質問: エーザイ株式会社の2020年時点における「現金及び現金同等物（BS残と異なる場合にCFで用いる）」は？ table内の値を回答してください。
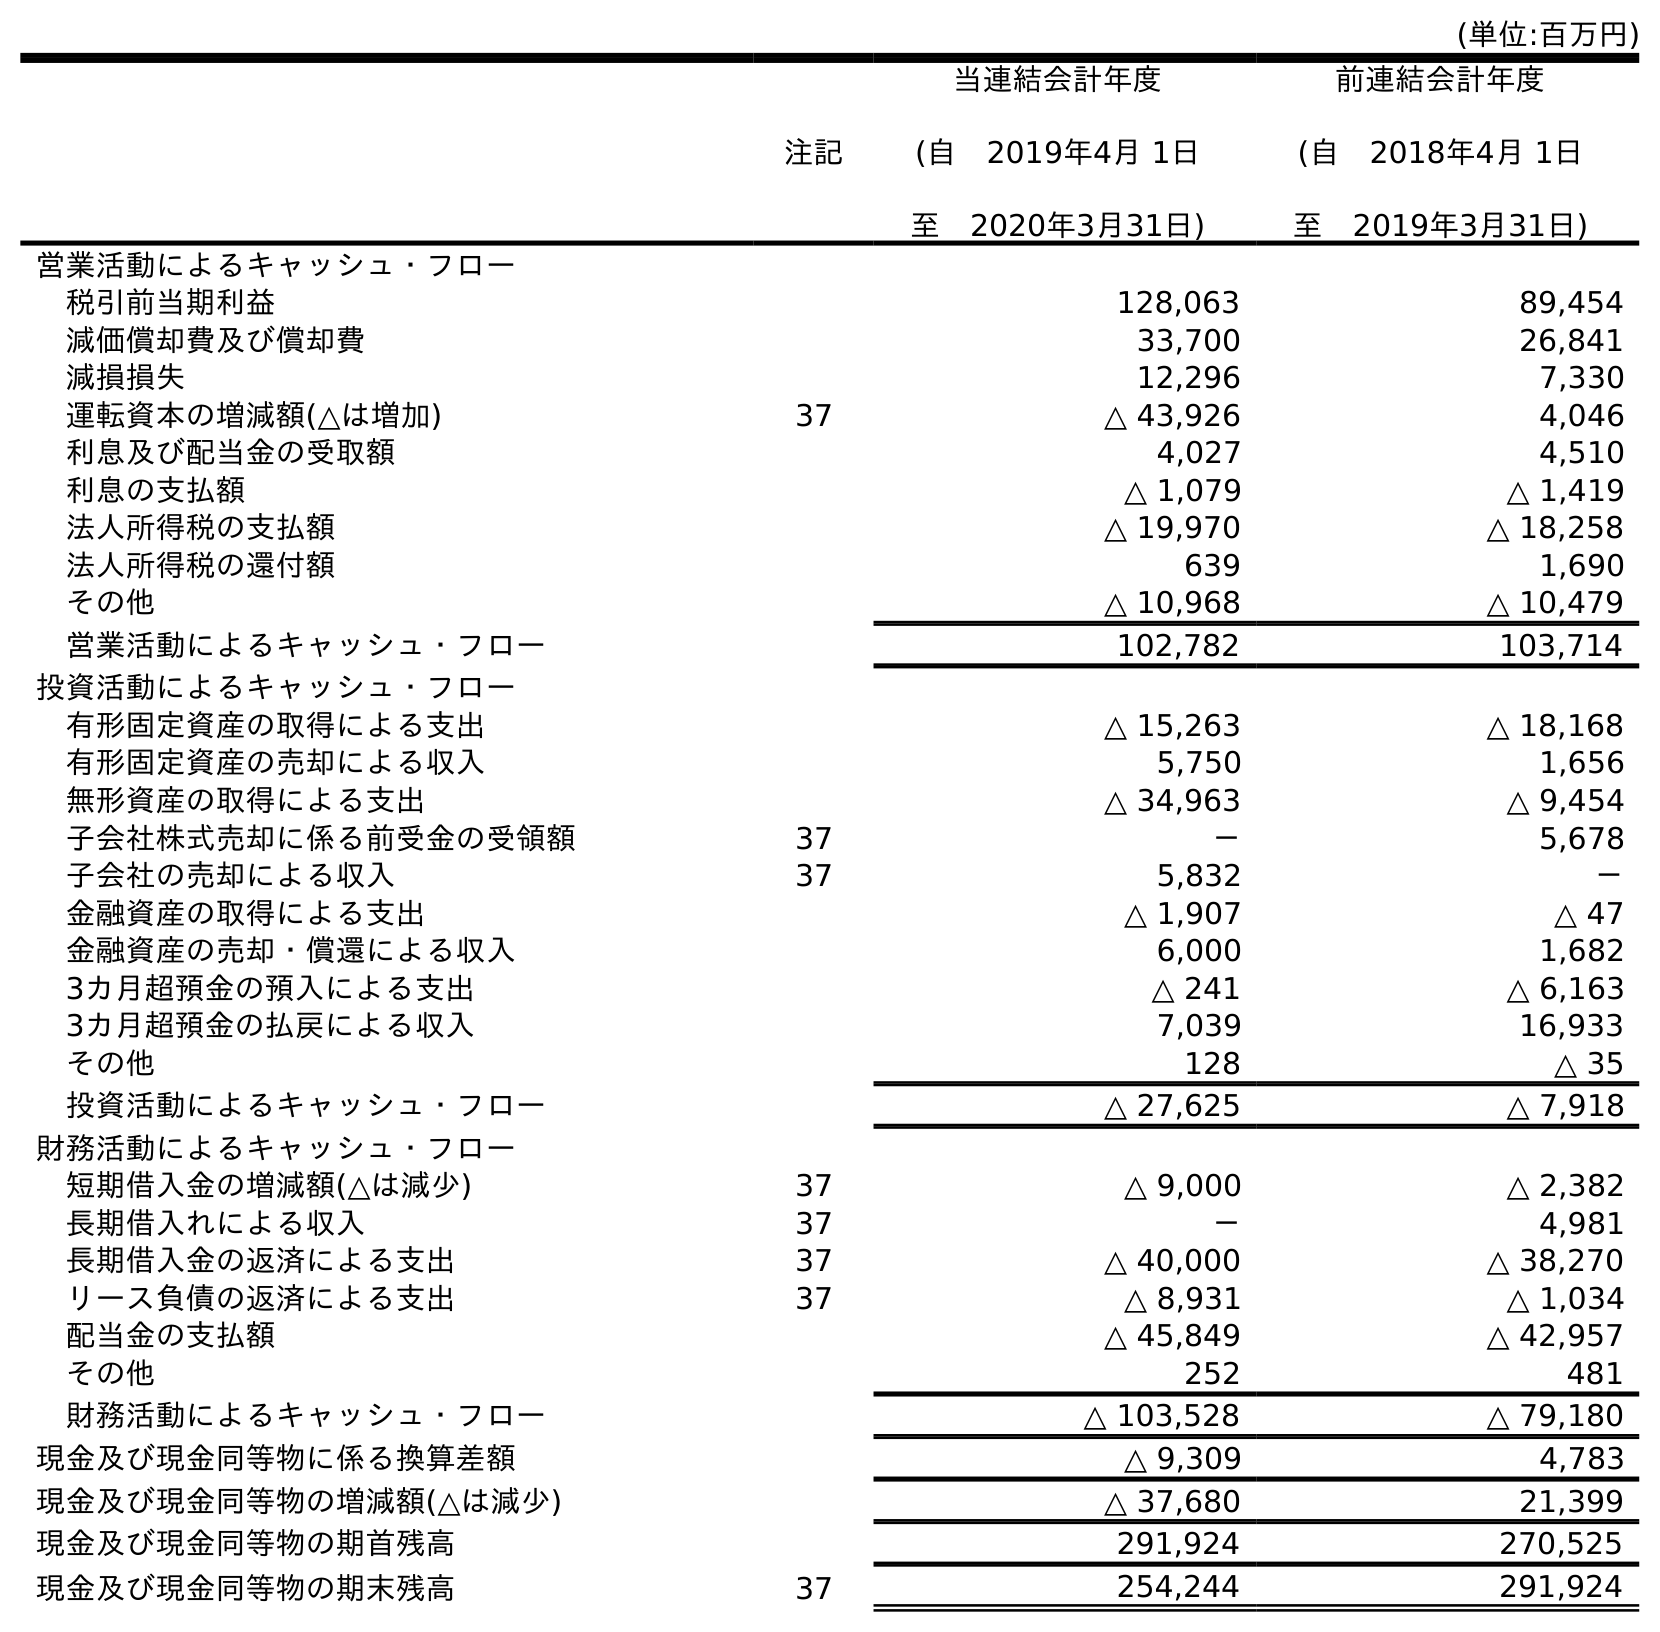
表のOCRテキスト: (単位:百万円) 注記 当連結会計年度 (自 2019年4月 1日 至 2020年3月31日) 前連結会計年度 (自 2018年4月 1日 至 2019年3月31日) 営業活動によるキャッシュ・フロー 税引前当期利益 128,063 89,454 減価償却費及び償却費 33,700 26,841 減損損失 12,296 7,330 運転資本の増減額(△は増加) 37 △ 43,926 4,046 利息及び配当金の受取額 4,027 4,510 利息の支払額 △ 1,079 △ 1,419 法人所得税の支払額 △ 19,970 △ 18,258 法人所得税の還付額 639 1,690 その他 △ 10,968 △ 10,479 営業活動によるキャッシュ・フロー 102,782 103,714 投資活動によるキャッシュ・フロー 有形固定資産の取得による支出 △ 15,263 △ 18,168 有形固定資産の売却による収入 5,750 1,656 無形資産の取得による支出 △ 34,963 △ 9,454 子会社株式売却に係る前受金の受領額 37 － 5,678 子会社の売却による収入 37 5,832 － 金融資産の取得による支出 △ 1,907 △ 47 金融資産の売却・償還による収入 6,000 1,682 3カ月超預金の預入による支出 △ 241 △ 6,163 3カ月超預金の払戻による収入 7,039 16,933 その他 128 △ 35 投資活動によるキャッシュ・フロー △ 27,625 △ 7,918 財務活動によるキャッシュ・フロー 短期借入金の増減額(△は減少) 37 △ 9,000 △ 2,382 長期借入れによる収入 37 － 4,981 長期借入金の返済による支出 37 △ 40,000 △ 38,270 リース負債の返済による支出 37 △ 8,931 △ 1,034 配当金の支払額 △ 45,849 △ 42,957 その他 252 481 財務活動によるキャッシュ・フロー △ 103,528 △ 79,180 現金及び現金同等物に係る換算差額 △ 9,309 4,783 現金及び現金同等物の増減額(△は減少) △ 37,680 21,399 現金及び現金同等物の期首残高 291,924 270,525 現金及び現金同等物の期末残高 37 254,244 291,924
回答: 254,244